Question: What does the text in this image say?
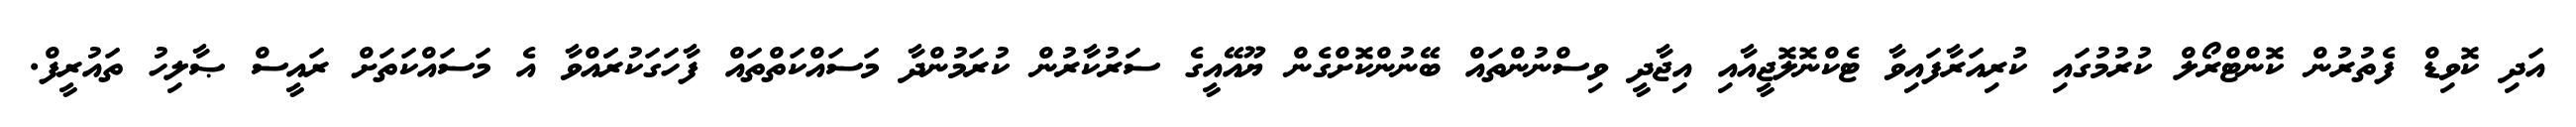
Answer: އަދި ކޮވިޑް ފެތުރުން ކޮންޓްރޯލް ކުރުމުގައި ކުރިއަރާފައިވާ ޓެކްނޮލޮޖީއާއި އިޖާދީ ވިސްނުންތައް ބޭނުންކޮށްގެން ޔޫއޭއީގެ ސަރުކާރުން ކުރަމުންދާ މަސައްކަތްތައް ފާހަގަކުރަައްވާ އެ މަސައްކަތަށް ރައީސް ޞާލިހު ތައުރީފް.